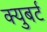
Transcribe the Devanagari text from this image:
क्युबर्ट